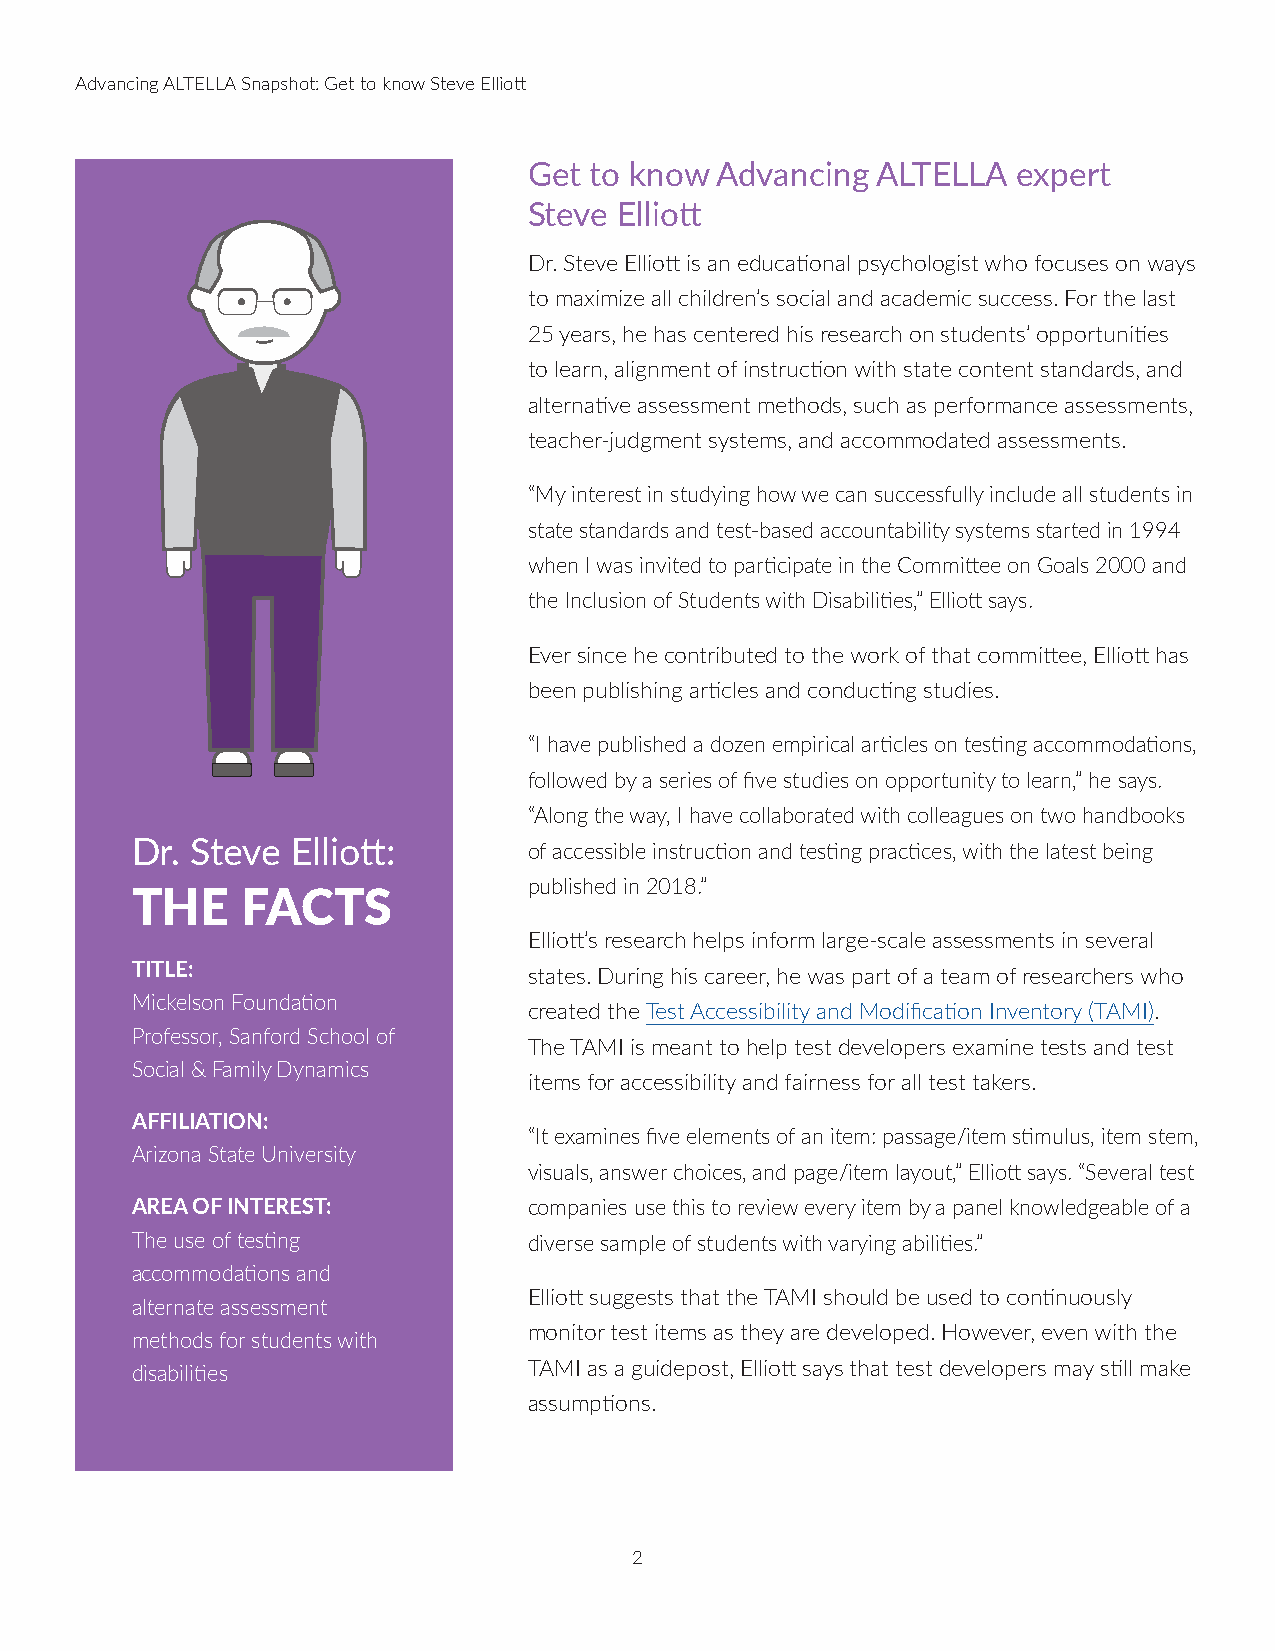
Advancing ALTELLA Snapshot: Get to know Steve Elliott
 Get to know Advancing  ALTELLA  expert
 Steve Elliott
 Dr. Steve Elliott is an educational psychologist who focuses on ways
 to maximize all children’s social and academic success. For the last
 25 years, he has centered his research on students’ opportunities
 to learn, alignment of instruction with state content standards, and
 alternative assessment methods, such as performance assessments,
 teacher-judgment systems, and accommodated assessments.
 “My interest in studying how we can successfully include all students in
 state standards and test-based accountability systems started in 1994
 when I was invited to participate in the Committee on Goals 2000 and
 the Inclusion of Students with Disabilities,” Elliott says.
 Ever since he contributed to the work of that committee, Elliott has
 been publishing articles and conducting studies.
 “I have published a dozen empirical articles on testing accommodations,
 followed by a series of five studies on opportunity to learn,” he says.
 “Along the way, I have collaborated with colleagues on two handbooks
 Dr. Steve Elliott:        of accessible instruction and testing practices, with the latest being
 published in 2018.”
 THE    FACTS
 Elliott’s research helps inform large-scale assessments in several
 TITLE:
 states. During his career, he was part of a team of researchers who
 Mickelson Foundation
 created the Test Accessibility and Modification Inventory (TAMI).
 Professor, Sanford School of
 The TAMI is meant to help test developers examine tests and test
 Social & Family Dynamics
 items for accessibility and fairness for all test takers.
 AFFILIATION:
 “It examines five elements of an item: passage/item stimulus, item stem,
 Arizona State University
 visuals, answer choices, and page/item layout,” Elliott says. “Several test
 AREA OF INTEREST:         companies use this to review every item by a panel knowledgeable of a
 The use of testing        diverse sample of students with varying abilities.”
 accommodations and
 Elliott suggests that the TAMI should be used to continuously
 alternate assessment
 monitor test items as they are developed. However, even with the
 methods for students with
 disabilities              TAMI as a guidepost, Elliott says that test developers may still make
 assumptions.
 2